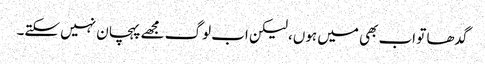
گدھا تو اب بھی میں ہوں، لیکن اب لوگ مجھے پہچان نہیں سکتے۔